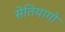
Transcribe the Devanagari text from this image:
सेंतियागो